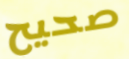
صحيح